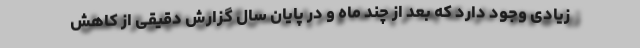
زیادی وجود دارد که بعد از چند ماه و در پایان سال گزارش دقیقی از کاهش